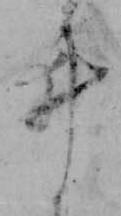
ヰ